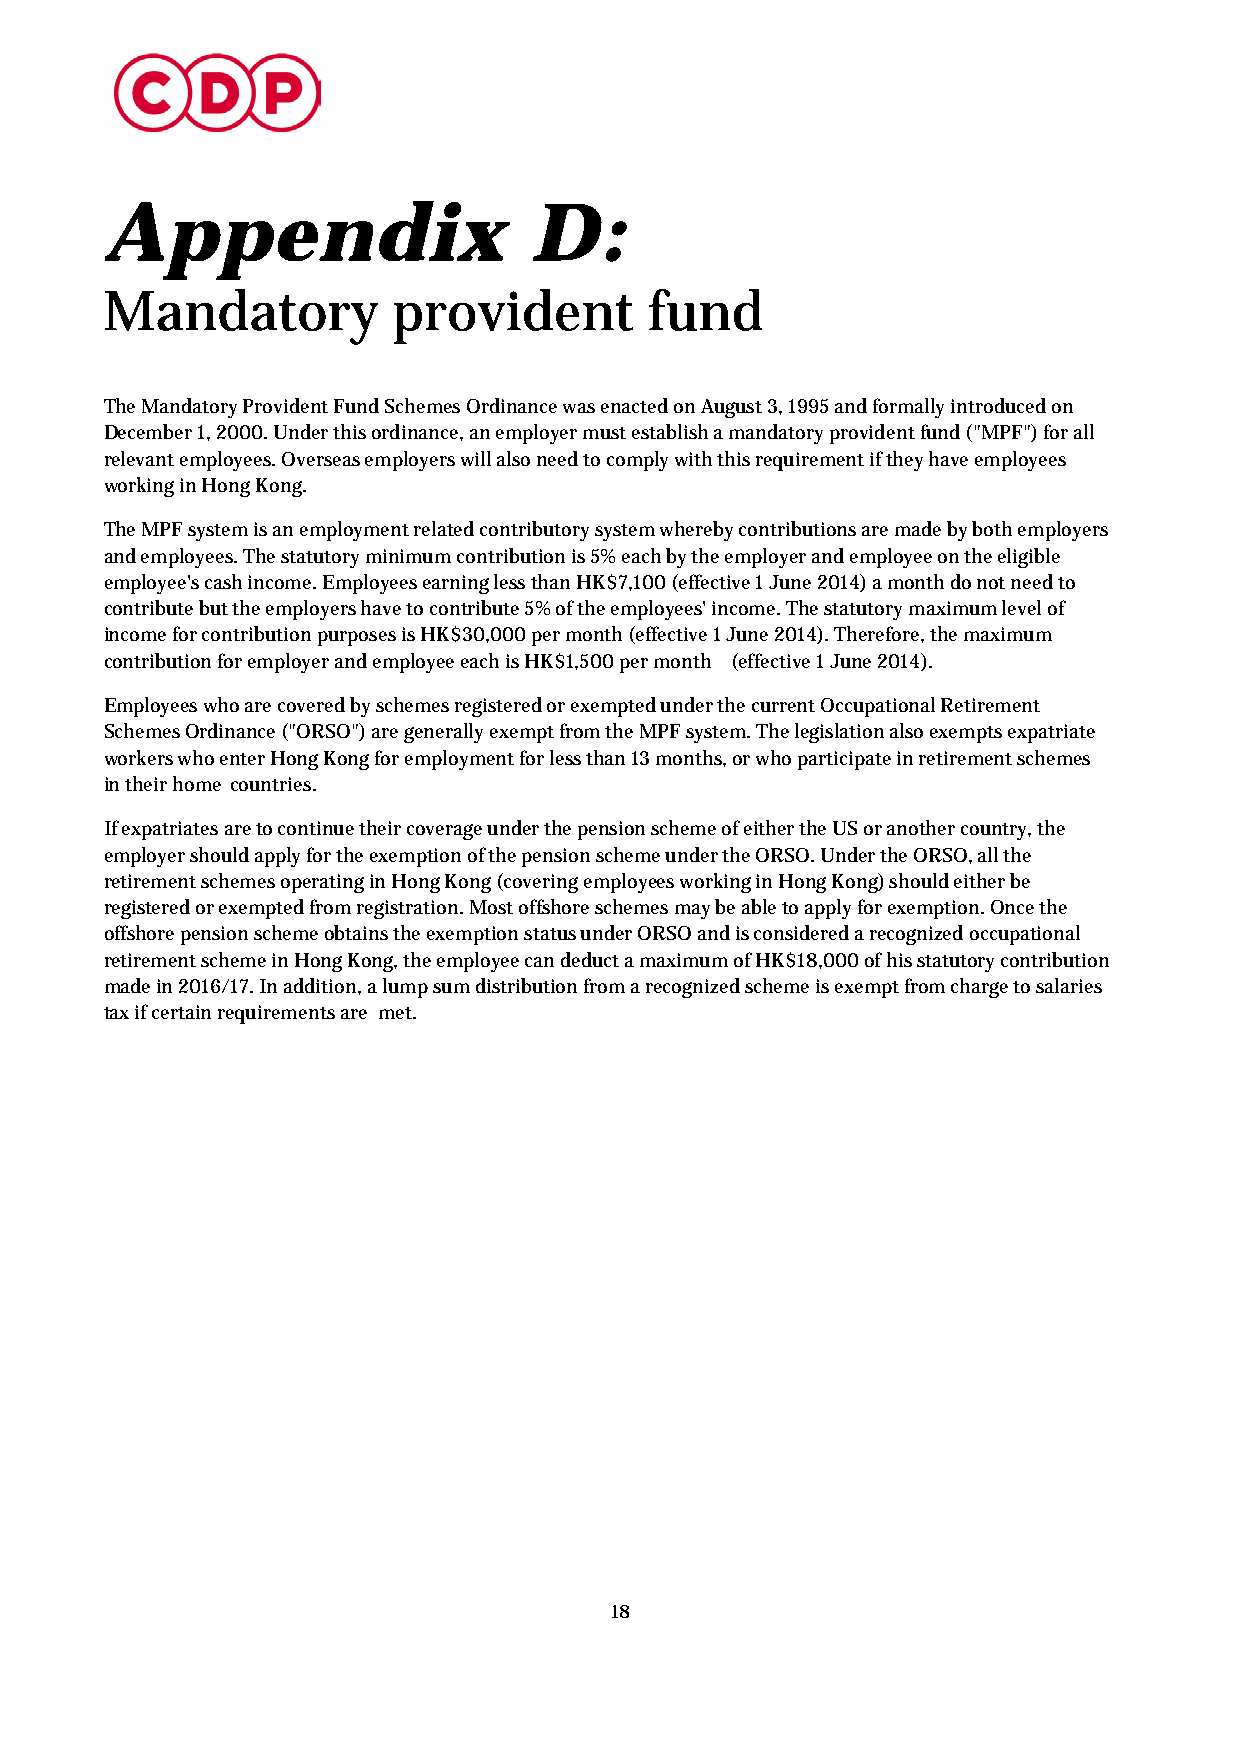
Appendix                    D:
 Mandatory          provident        fund
 The Mandatory Provident Fund Schemes Ordinance was enacted on August 3, 1995 and formally introduced on
 December 1, 2000. Under this ordinance, an employer must establish a mandatory provident fund ("MPF") for all
 relevant employees. Overseas employers will also need to comply with this requirement if they have employees
 working in Hong Kong.
 The MPF system is an employment related contributory system whereby contributions are made by both employers
 and employees. The statutory minimum contribution is 5% each by the employer and employee on the eligible
 employee's cash income. Employees earning less than HK$7,100 (effective 1 June 2014) a month do not need to
 contribute but the employers have to contribute 5% of the employees' income. The statutory maximum level of
 income for contribution purposes is HK$30,000 per month (effective 1 June 2014). Therefore, the maximum
 contribution for employer and employee each is HK$1,500 per month (effective 1 June 2014).
 Employees who are covered by schemes registered or exempted under the current Occupational Retirement
 Schemes Ordinance ("ORSO") are generally exempt from the MPF system. The legislation also exempts expatriate
 workers who enter Hong Kong for employment for less than 13 months, or who participate in retirement schemes
 in their home countries.
 If expatriates are to continue their coverage under the pension scheme of either the US or another country, the
 employer should apply for the exemption of the pension scheme under the ORSO. Under the ORSO, all the
 retirement schemes operating in Hong Kong (covering employees working in Hong Kong) should either be
 registered or exempted from registration. Most offshore schemes may be able to apply for exemption. Once the
 offshore pension scheme obtains the exemption status under ORSO and is considered a recognized occupational
 retirement scheme in Hong Kong, the employee can deduct a maximum of HK$18,000 of his statutory contribution
 made in 2016/17. In addition, a lump sum distribution from a recognized scheme is exempt from charge to salaries
 tax if certain requirements are met.
 18